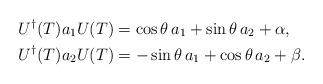
LaTeX: \begin{align*}\begin{aligned}U^{\dagger}(T)a_1 U(T)&=\cos \theta\,a_1+\sin \theta\,a_2+\alpha,\\U^{\dagger}(T)a_2 U(T)&=-\sin \theta\,a_1+\cos \theta\,a_2 +\beta.\end{aligned}\end{align*}